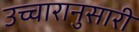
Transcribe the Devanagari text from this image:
उच्चारानुसारी